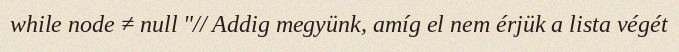
while node ≠ null "// Addig megyünk, amíg el nem érjük a lista végét